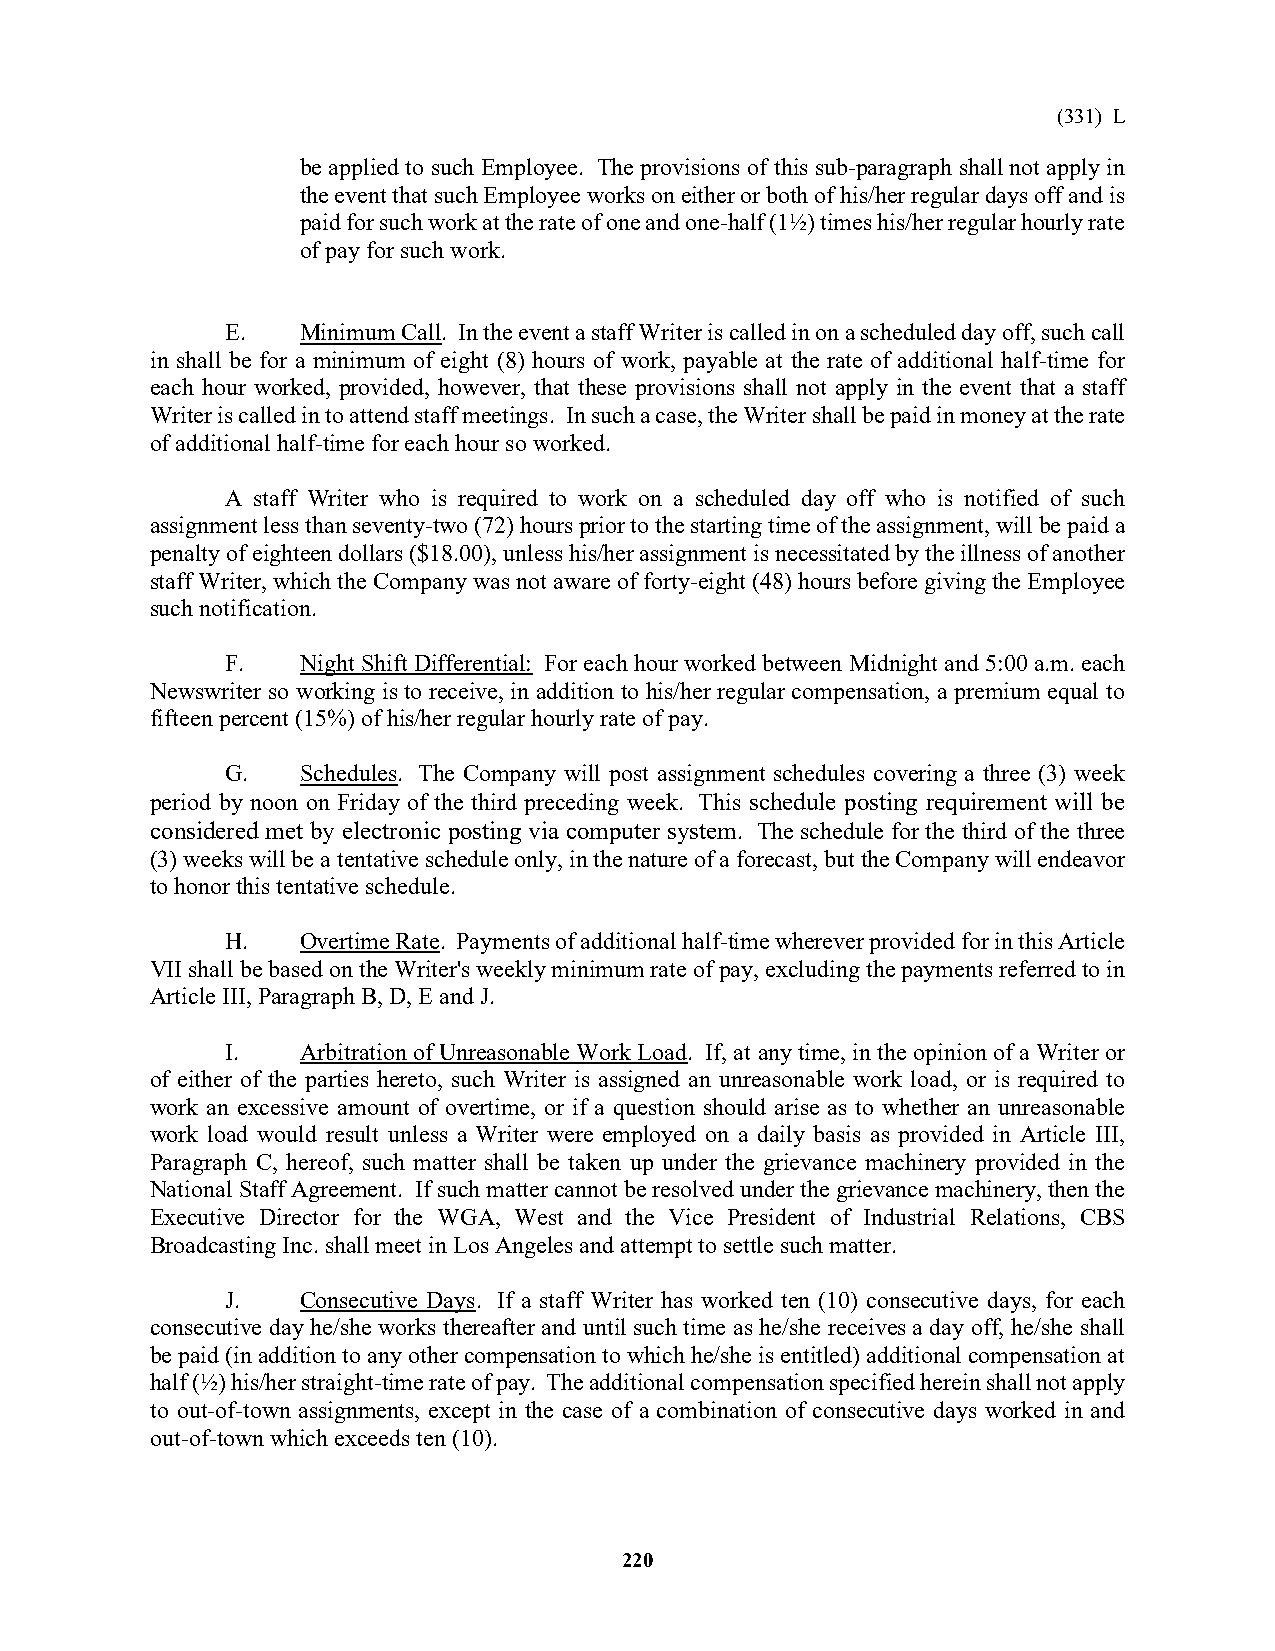
(331) L
 be applied to such Employee. The provisions of this sub-paragraph shall not apply in
 the event that such Employee works on either or both of his/her regular days off and is
 paid for such work at the rate of one and one-half (1½) times his/her regular hourly rate
 of pay for such work.
 E.   Minimum Call. In the event a staff Writer is called in on a scheduled day off, such call
 in shall be for a minimum of eight (8) hours of work, payable at the rate of additional half-time for
 each hour worked, provided, however, that these provisions shall not apply in the event that a staff
 Writer is called in to attend staff meetings. In such a case, the Writer shall be paid in money at the rate
 of additional half-time for each hour so worked.
 A staff Writer who is required to work on a scheduled day off who is notified of such
 assignment less than seventy-two (72) hours prior to the starting time of the assignment, will be paid a
 penalty of eighteen dollars ($18.00), unless his/her assignment is necessitated by the illness of another
 staff Writer, which the Company was not aware of forty-eight (48) hours before giving the Employee
 such notification.
 F.   Night Shift Differential: For each hour worked between Midnight and 5:00 a.m. each
 Newswriter so working is to receive, in addition to his/her regular compensation, a premium equal to
 fifteen percent (15%) of his/her regular hourly rate of pay.
 G.   Schedules. The Company will post assignment schedules covering a three (3) week
 period by noon on Friday of the third preceding week. This schedule posting requirement will be
 considered met by electronic posting via computer system. The schedule for the third of the three
 (3) weeks will be a tentative schedule only, in the nature of a forecast, but the Company will endeavor
 to honor this tentative schedule.
 H.   Overtime Rate. Payments of additional half-time wherever provided for in this Article
 VII shall be based on the Writer's weekly minimum rate of pay, excluding the payments referred to in
 Article III, Paragraph B, D, E and J.
 I.   Arbitration of Unreasonable Work Load. If, at any time, in the opinion of a Writer or
 of either of the parties hereto, such Writer is assigned an unreasonable work load, or is required to
 work an excessive amount of overtime, or if a question should arise as to whether an unreasonable
 work load would result unless a Writer were employed on a daily basis as provided in Article III,
 Paragraph C, hereof, such matter shall be taken up under the grievance machinery provided in the
 National Staff Agreement. If such matter cannot be resolved under the grievance machinery, then the
 Executive Director for the WGA, West and the Vice President of Industrial Relations, CBS
 Broadcasting Inc. shall meet in Los Angeles and attempt to settle such matter.
 J.   Consecutive Days. If a staff Writer has worked ten (10) consecutive days, for each
 consecutive day he/she works thereafter and until such time as he/she receives a day off, he/she shall
 be paid (in addition to any other compensation to which he/she is entitled) additional compensation at
 half (½) his/her straight-time rate of pay. The additional compensation specified herein shall not apply
 to out-of-town assignments, except in the case of a combination of consecutive days worked in and
 out-of-town which exceeds ten (10).
 220